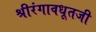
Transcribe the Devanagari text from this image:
श्रीरंगावधूतजी